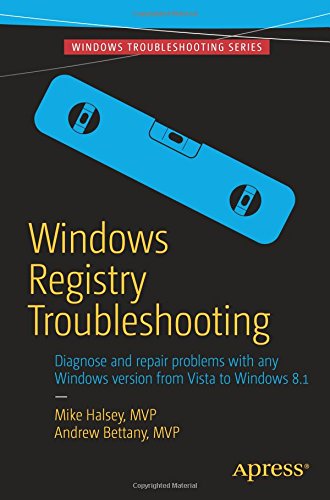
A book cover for Windows Registry Troubleshooting; Mike Halsey; Computers & Technology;